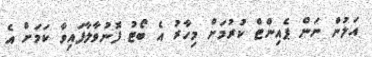
އަލުން ނަން ޕެއިންޓް ކުރުމަށް މިހާރު އެ ބޯޓު ފޮނުވާލާފައިވާ ކަމަށް އެ